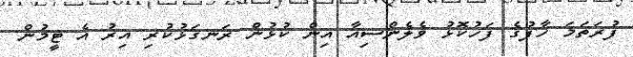
ފުރަތަމަ ހާފުގެ ފަހުކޮޅު ވެލެންސިއާ އިން ކުޅުން ރަނގަޅުކުރި އިރު އެ ޓީމުން